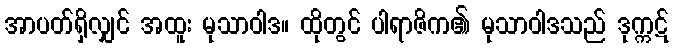
အာပတ်ရှိလျှင် အထူး မုသာဝါဒ။ ထိုတွင် ပါရာဇိက၏ မုသာဝါဒသည် ဒုက္ကဋ်